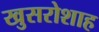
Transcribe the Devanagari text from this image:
खुसरोशाह